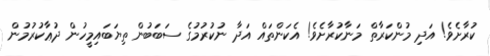
ކުރާށެވެ! އަދި މުންކަރާތް މަނާކުރާށެވެ! އެކަންތައް އަދާ ނުކުރުމުގެ ސަބަބުން ތިޔަބައިމީހުން ދުޢާކުރުމުން